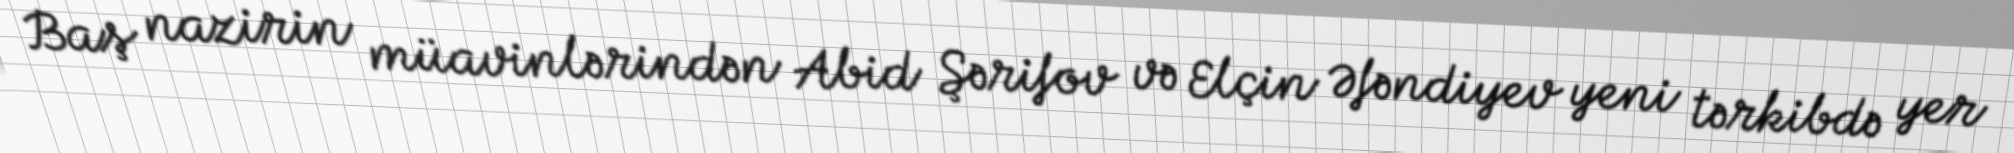
Baş nazirin müavinlərindən Abid Şərifov və Elçin Əfəndiyev yeni tərkibdə yer